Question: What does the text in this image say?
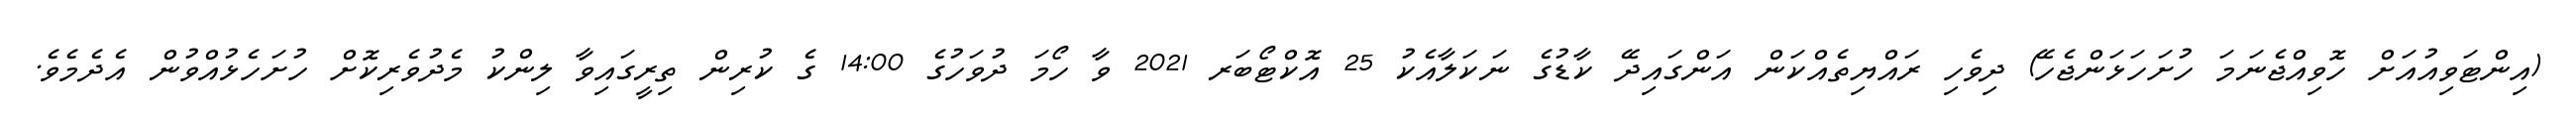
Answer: (އިންޓަވިއުއަށް ހޮވިއްޖެނަމަ ހުށަހަޅަންޖެހޭ) ދިވެހި ރައްޔިތެއްކަން އަންގައިދޭ ކާޑުގެ ނަކަލާއެކު 25 އޮކްޓޯބަރ 2021 ވާ ހޯމަ ދުވަހުގެ 14:00 ގެ ކުރިން ތިރީގައިވާ ލިންކު މެދުވެރިކޮށް ހުށަހެޅުއްވުން އެދެމެވެ.